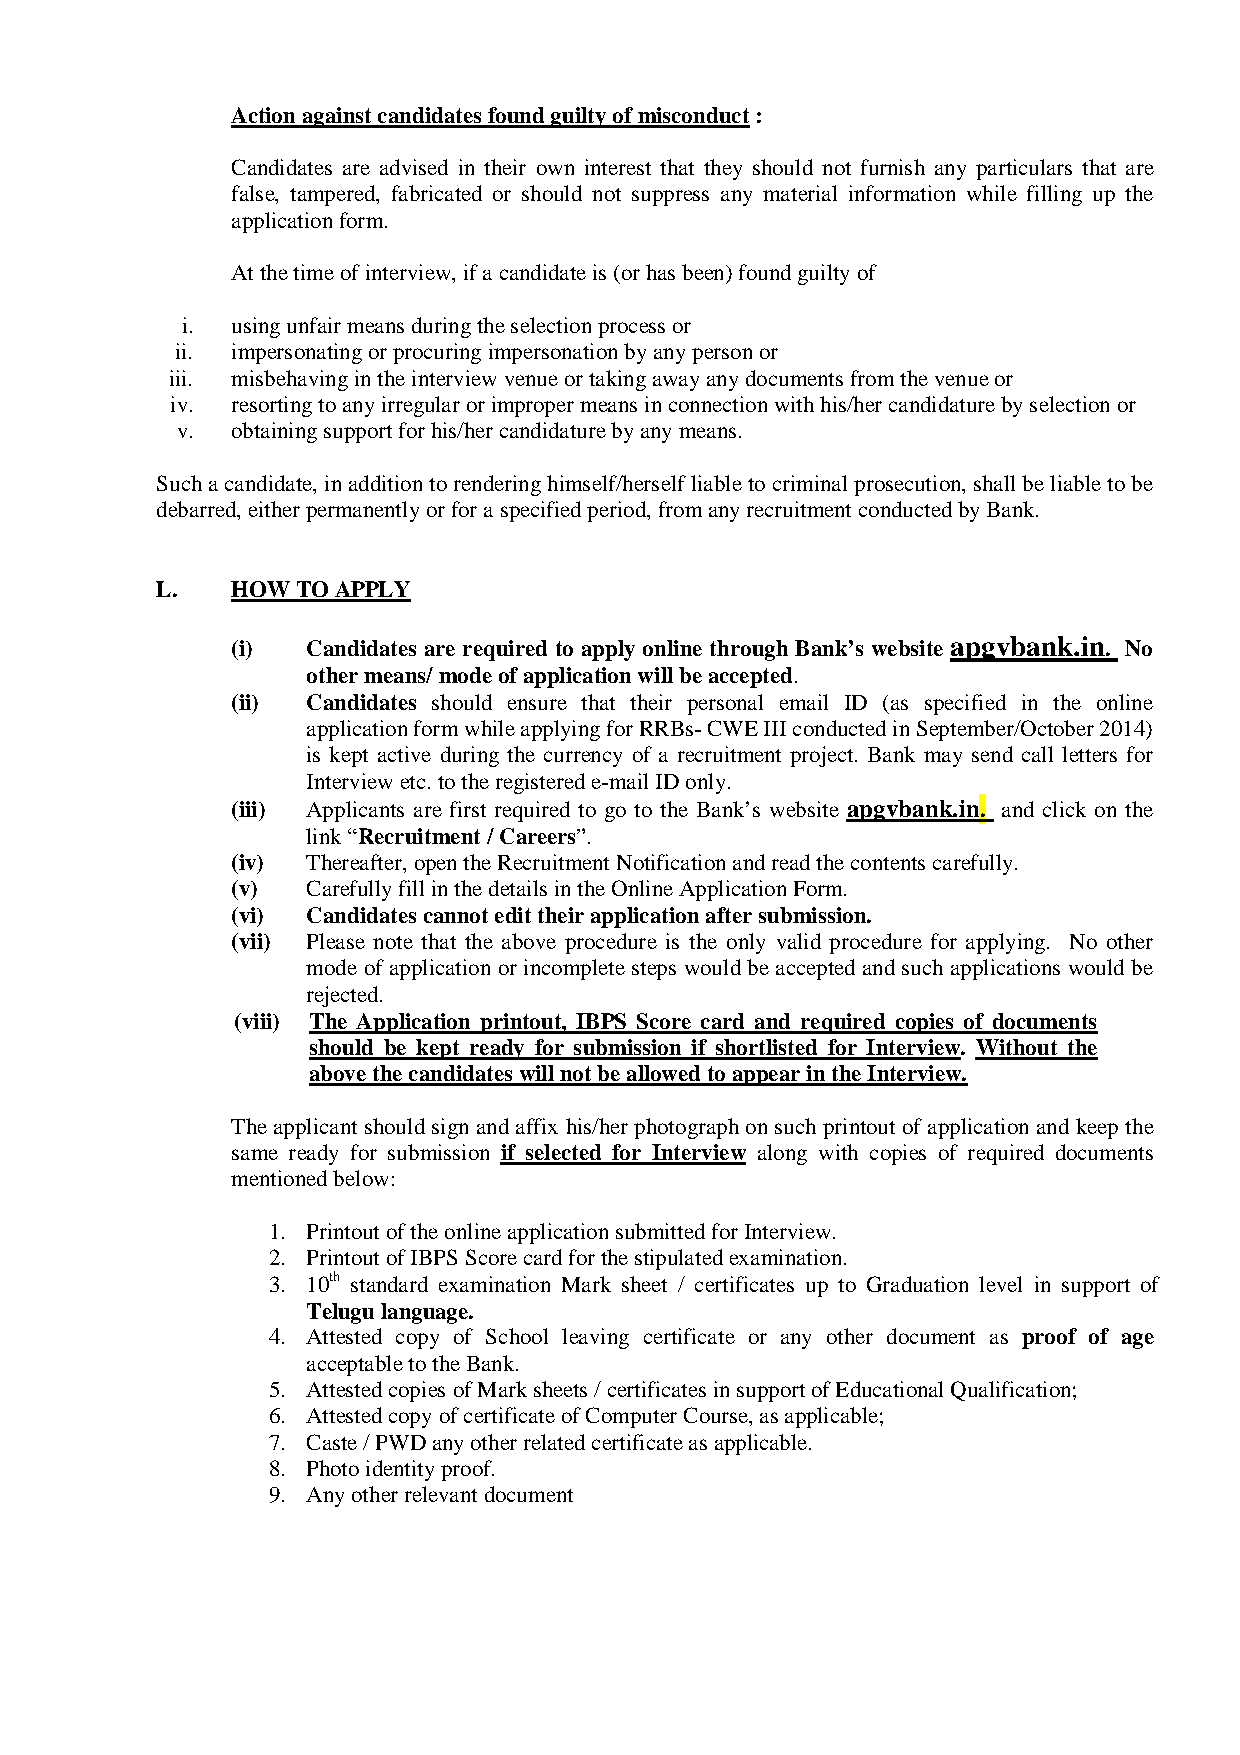
Action against candidates found guilty of misconduct :
 Candidates are advised in their own interest that they should not furnish any particulars that are
 false, tampered, fabricated or should not suppress any material information while filling up the
 application form.
 At the time of interview, if a candidate is (or has been) found guilty of
 i. using unfair means during the selection process or
 ii. impersonating or procuring impersonation by any person or
 iii. misbehaving in the interview venue or taking away any documents from the venue or
 iv. resorting to any irregular or improper means in connection with his/her candidature by selection or
 v. obtaining support for his/her candidature by any means.
 Such a candidate, in addition to rendering himself/herself liable to criminal prosecution, shall be liable to be
 debarred, either permanently or for a specified period, from any recruitment conducted by Bank.
 L.   HOW  TO APPLY
 (i)  Candidates are required to apply online through Bank’s website apgvbank.in. No
 other means/ mode of application will be accepted.
 (ii) Candidates should ensure that their personal email ID (as specified in the online
 application form while applying for RRBs- CWE III conducted in September/October 2014)
 is kept active during the currency of a recruitment project. Bank may send call letters for
 Interview etc. to the registered e-mail ID only.
 (iii) Applicants are first required to go to the Bank’s website apgvbank.in. and click on the
 link “Recruitment / Careers”.
 (iv) Thereafter, open the Recruitment Notification and read the contents carefully.
 (v)  Carefully fill in the details in the Online Application Form.
 (vi) Candidates cannot edit their application after submission.
 (vii) Please note that the above procedure is the only valid procedure for applying. No other
 mode of application or incomplete steps would be accepted and such applications would be
 rejected.
 (viii) The Application printout, IBPS Score card and required copies of documents
 should be kept ready for submission if shortlisted for Interview. Without the
 above the candidates will not be allowed to appear in the Interview.
 The applicant should sign and affix his/her photograph on such printout of application and keep the
 same ready for submission if selected for Interview along with copies of required documents
 mentioned below:
 1. Printout of the online application submitted for Interview.
 2. Printout of IBPS Score card for the stipulated examination.
 3. 10th standard examination Mark sheet / certificates up to Graduation level in support of
 Telugu language.
 4. Attested copy of School leaving certificate or any other document as proof of age
 acceptable to the Bank.
 5. Attested copies of Mark sheets / certificates in support of Educational Qualification;
 6. Attested copy of certificate of Computer Course, as applicable;
 7. Caste / PWD any other related certificate as applicable.
 8. Photo identity proof.
 9. Any other relevant document